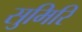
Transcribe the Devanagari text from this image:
सुमिरि